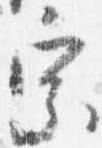
宗